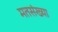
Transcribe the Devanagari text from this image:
मतसंख्या